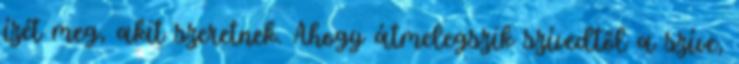
ízét meg, akit szeretnek. Ahogy átmelegszik szívedtől a szíve,